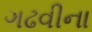
ગઢવીના